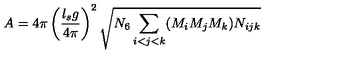
A = 4 \pi \left( { \frac { l _ { s } g } { 4 \pi } } \right) ^ { 2 } \sqrt { N _ { 6 } \sum _ { i < j < k } ( M _ { i } M _ { j } M _ { k } ) N _ { i j k } }